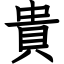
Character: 貴